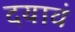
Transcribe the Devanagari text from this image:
दयावं